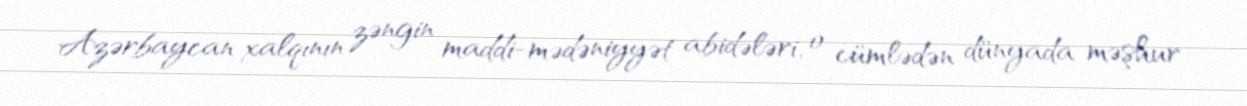
Azərbaycan xalqının zəngin maddi-mədəniyyət abidələri, o cümlədən dünyada məşhur